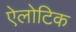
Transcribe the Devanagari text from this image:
ऐलोटिक